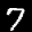
Label: 7